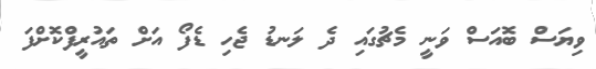
ވިޔަސް ބޮއަސް ވަނީ މެޗުގައި ދެ ލަނޑު ޖެހި ޑެފޯ އަށް ތައުރީފްކޮށްފަ